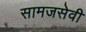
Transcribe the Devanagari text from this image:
सामजसेवी